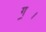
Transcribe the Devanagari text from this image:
ग॒।